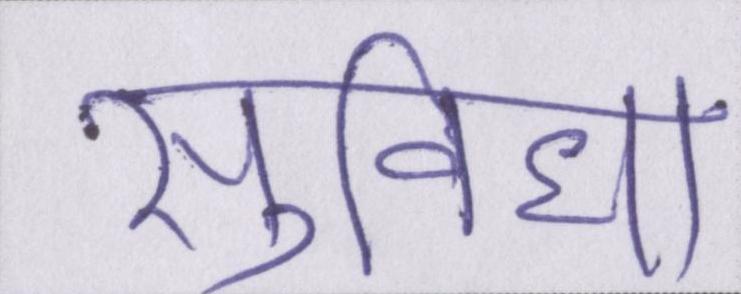
सुविधा